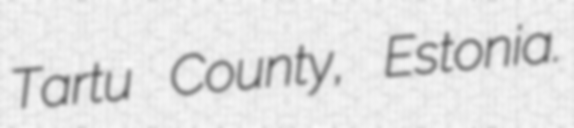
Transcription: Tartu County, Estonia.